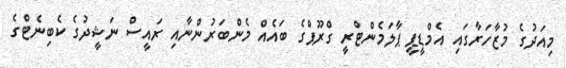
މިއަދުގެ މުޒާހަރާގައި އެމްޑީޕީ ޕާލަމެންޓްރީ ގްރޫޕްގެ ބައެއް މެންބަރުންނާއި ރައީސް ނަޝީދުގެ ކެބިނެޓްގެ